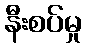
နီးစပ်မှု